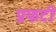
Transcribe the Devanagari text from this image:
प्रफटी